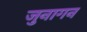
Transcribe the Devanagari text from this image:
जुनागन